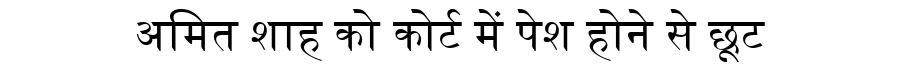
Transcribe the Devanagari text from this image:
अमित शाह को कोर्ट में पेश होने से छूट